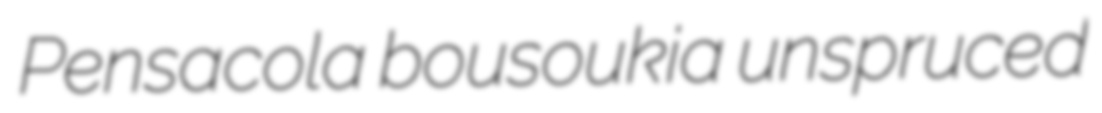
Pensacola bousoukia unspruced